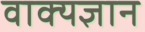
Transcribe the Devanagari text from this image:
वाक्यज्ञान